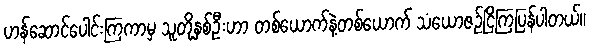
ဟန်ဆောင်ပေါင်းကြကာမှ သူတို့နှစ်ဦးဟာ တစ်ယောက်နဲ့တစ်ယောက် သံယောဇဉ်ငြိကြပြန်ပါတယ်။